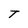
Character: T